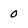
Character: 0